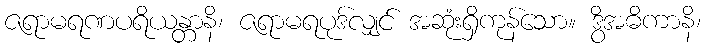
ဇရာမရဏပရိယန္တာနိ၊ ဇရာမရပုဒ်လျှင် အဆုံးရှိကုန်သော။ ဒွိအဓိကာနိ၊